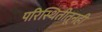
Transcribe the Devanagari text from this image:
परिस्थितीतूनही